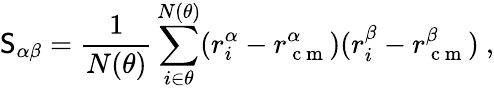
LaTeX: \mathsf{S}_{\alpha\beta}={\frac{{1}}{{N(\theta)}}}\sum_{i\in\theta}^{N(\theta)}(r_{i}^{\alpha}-r_{\mathrm{{~c~m~}}}^{\alpha})(r_{i}^{\beta}-r_{\mathrm{{~c~m~}}}^{\beta})~,